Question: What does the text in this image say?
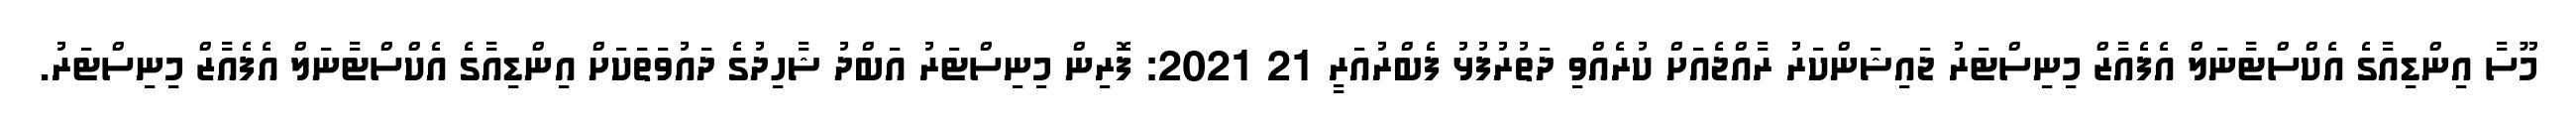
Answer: މޫސާ އިންޑިއާގެ އެކްސްޓާނަލް އެފެއާޒް މިނިސްޓަރު ޖައިޝަންކަރު ރާއްޖެއަށް ކުރެއްވި ދަތުރުފުޅު ފެބްރުއަރީ 21 2021: ފޮރިން މިނިސްޓަރު އަބްދު ޝާހިދުގެ ދައުވަތަކަށް އިންޑިއާގެ އެކްސްޓާނަލް އެފެއާޒް މިނިސްޓަރު.